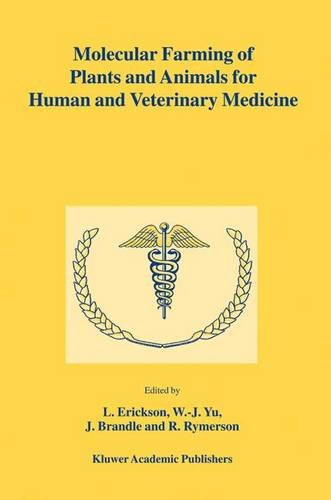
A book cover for Molecular Farming of Plants and Animals for Human and Veterinary Medicine; Medical Books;